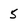
Character: 5